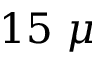
1 5 ~ \mu